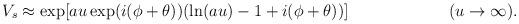
LaTeX: \begin{align*}V_s \approx \exp[au\exp(i(\phi +\theta))(\ln(au)-1+i(\phi +\theta))] \hspace{1in}(u\rightarrow\infty).\end{align*}